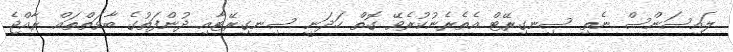
ލައިސަންސް ނެތި ސިނގިރޭޓް އެތެރެނުކުރެވޭ ގޮތް ހަދަނީ ސިނގިރޭޓާއި ދުންފަތުގެ ބާވަތްތައް ރާއްޖެ